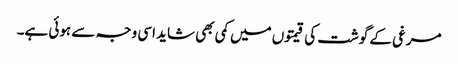
مرغی کے گوشت کی قیمتوں میں کمی بھی شاید اسی وجہ سے ہوئی ہے۔